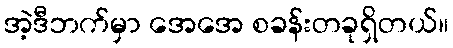
အဲ့ဒီဘက်မှာ အေအေ စခန်းတခုရှိတယ်။